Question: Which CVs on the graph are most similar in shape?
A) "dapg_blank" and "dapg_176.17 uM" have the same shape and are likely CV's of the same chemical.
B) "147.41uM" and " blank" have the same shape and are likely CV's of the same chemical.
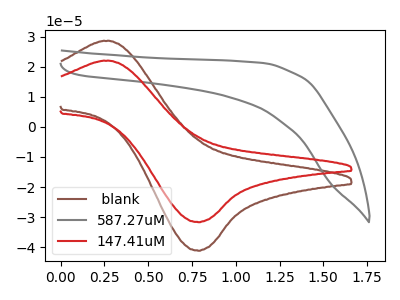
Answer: <think>The brown curve " blank" has an anodic peak at (0.25V, 28.55uA) and a cathodic peak at (0.80V, -41.15uA). The gray curve "587.27uM" has no peaks. The red curve "147.41uM" has an anodic peak at (0.25V, 21.95uA) and a cathodic peak at (0.80V, -31.70uA).
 " blank" and "587.27uM" have a different number of peaks. All the peaks in " blank" have a peak in "147.41uM" at the same potential. Every peak in " blank" is higher than every peak in "147.41uM". "587.27uM" and "147.41uM" have a different number of peaks.</think>
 <answer>B) "147.41uM" and " blank" have the same shape and are likely CV's of the same chemical.</answer>
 <eval>B</eval>